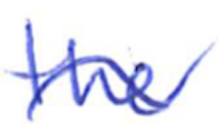
Text: the
Cross-out: mix
Writing tool: ballpoint